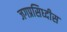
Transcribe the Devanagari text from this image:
जगप्रसिध्दीस